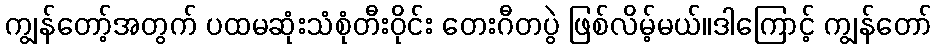
ကျွန်တော့်အတွက် ပထမဆုံးသံစုံတီးဝိုင်း တေးဂီတပွဲ ဖြစ်လိမ့်မယ်။ဒါကြောင့် ကျွန်တော်